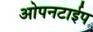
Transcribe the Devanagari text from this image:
ओपनटाईप